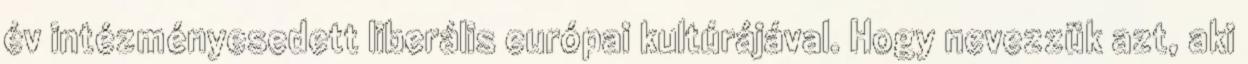
év intézményesedett liberális európai kultúrájával. Hogy nevezzük azt, aki